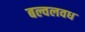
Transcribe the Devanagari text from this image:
बल्वलवध